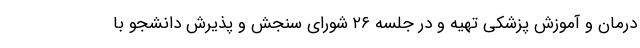
درمان و آموزش پزشکی تهیه و در جلسه ۲۶ شورای سنجش و پذیرش دانشجو با